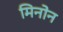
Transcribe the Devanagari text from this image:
मिनोन